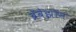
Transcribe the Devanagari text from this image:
ब्रॅबेझॉन